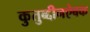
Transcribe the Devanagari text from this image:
कुतुब्द्दीनऐबक